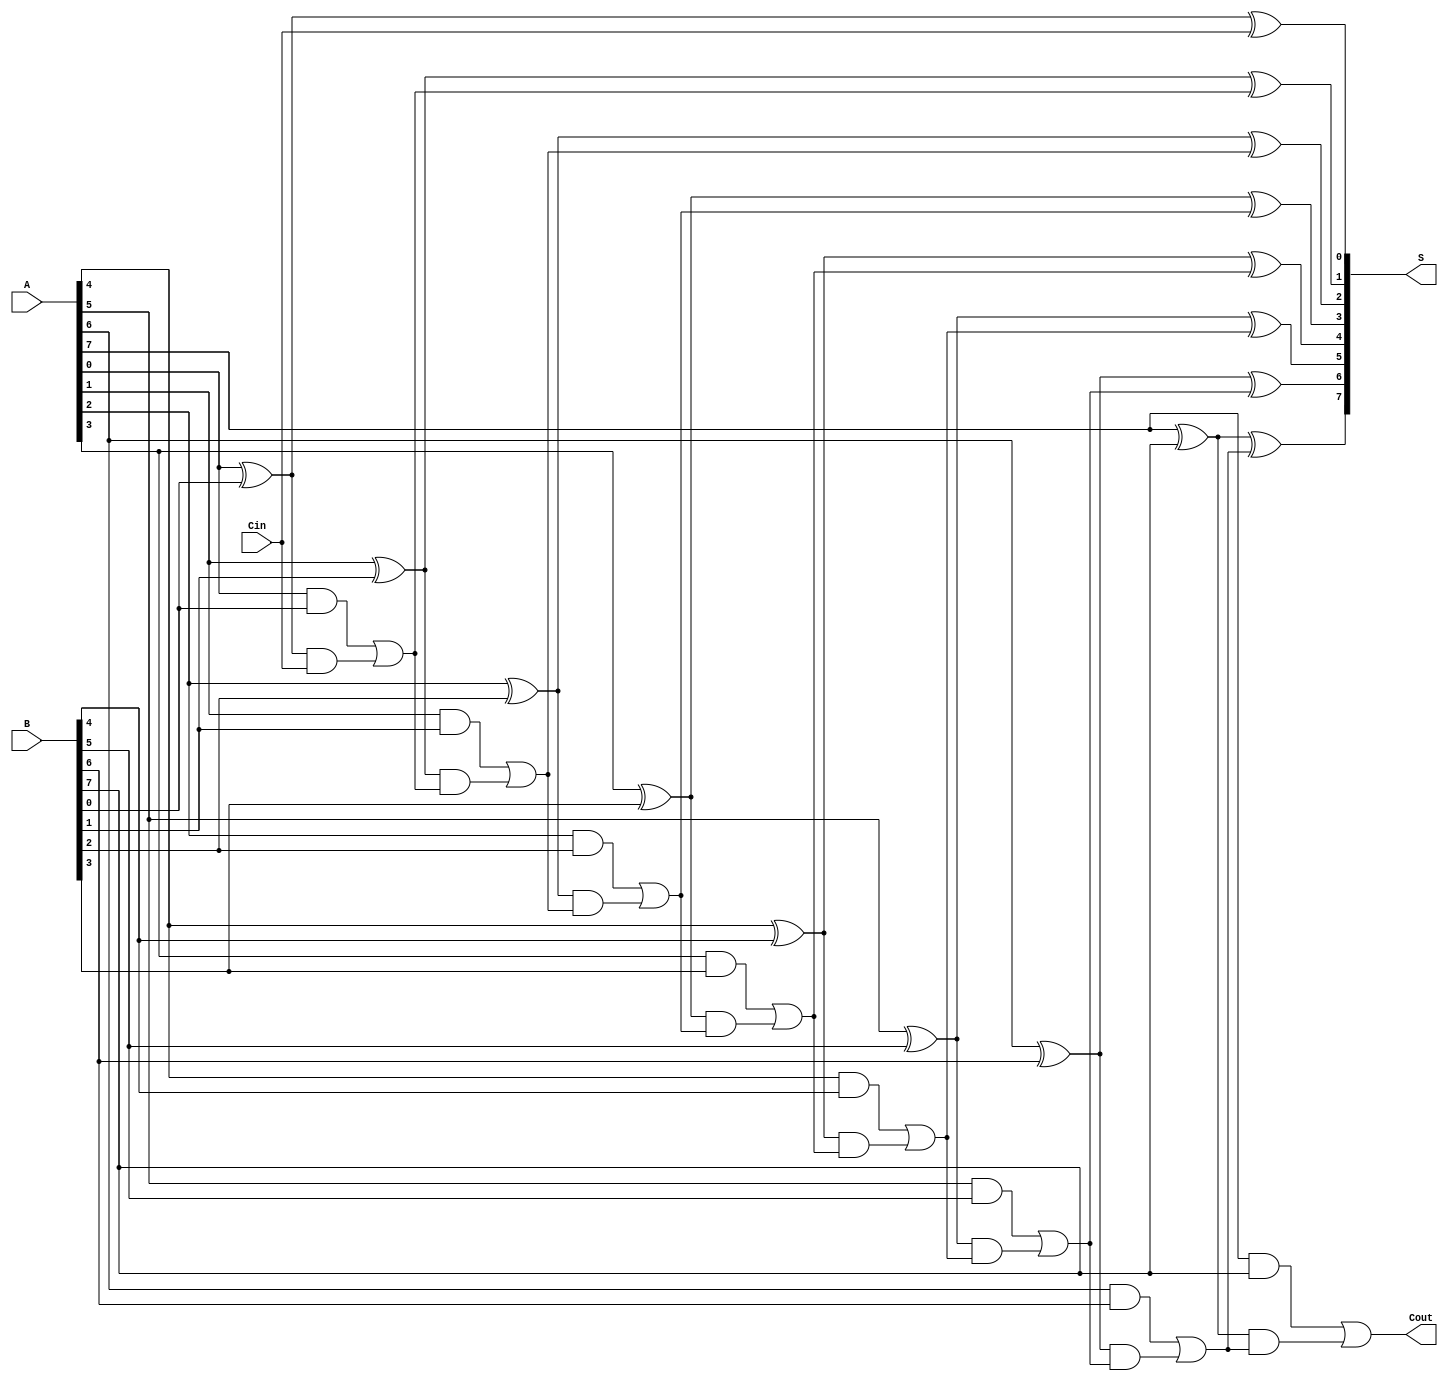
module BrentKungAdder #(
    parameter N = 8  // You can change N to any desired bit-width
)(
    input  [N-1:0] A,
    input  [N-1:0] B,
    input         Cin,
    output [N-1:0] S,
    output         Cout
);

    wire [N-1:0] P; // Propagate
    wire [N-1:0] G; // Generate
    wire [N:0] C;   // Carry

    // Preliminary Step: Compute P and G
    genvar i;
    generate
        for (i = 0; i < N; i = i + 1) begin: pg_generation
            assign P[i] = A[i] ^ B[i];
            assign G[i] = A[i] & B[i];
        end
    endgenerate

    // Carry Generation
    assign C[0] = Cin;
    
    generate
        for (i = 1; i <= N; i = i + 1) begin: carry_generation
            // Stage 1 carry
            if (i == 1) begin
                assign C[i] = G[0] | (P[0] & C[0]);
            end else begin
                // Higher-level carries
                assign C[i] = G[i-1] | (P[i-1] & C[i-1]);
            end
        end
    endgenerate

    // Final Carry-out
    assign Cout = C[N];

    // Sum Calculation
    generate
        for (i = 0; i < N; i = i + 1) begin: sum_generation
            assign S[i] = P[i] ^ C[i];
        end
    endgenerate

endmodule